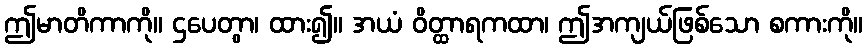
ဤမာတိကာကို။ ဌပေတွာ၊ ထား၍။ အယံ ဝိတ္ထာရကထာ၊ ဤအကျယ်ဖြစ်သော စကားကို။